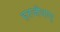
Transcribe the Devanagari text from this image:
हतजीवाणु